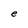
Character: e